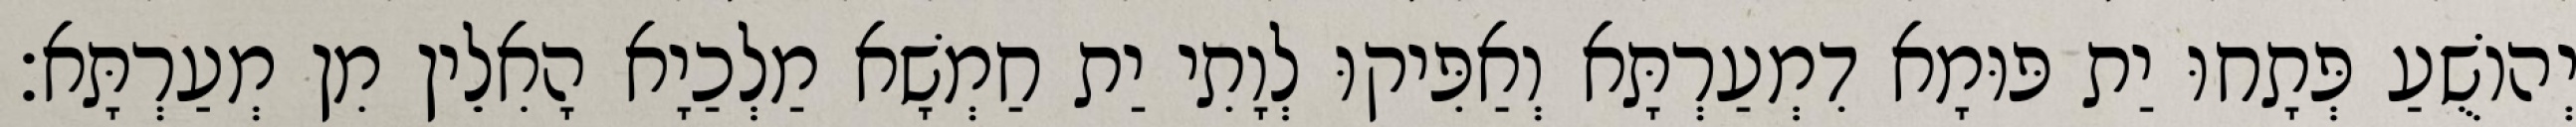
יְהוֹשֻׁעַ פְּתָחוּ יַת פּוּמָא דִמְעַרְתָּא וְאַפִּיקוּ לְוָתִי יַת חַמְשָׁא מַלְכַיָא הָאִלֵין מִן מְעַרְתָּא׃